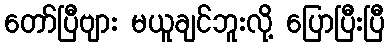
တော်ပြီဗျား မယူချင်ဘူးလို့ ပြောပြီးပြီ